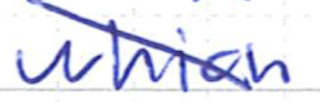
Text: which
Cross-out: diagonal
Writing tool: ballpoint